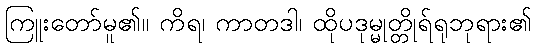
ကြူးတော်မူ၏။ ကိရ၊ ကာတဒါ၊ ထိုပဒုမ္မုတ္တိုရ်ရုဘုရား၏